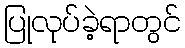
ပြုလုပ်ခဲ့ရာတွင်